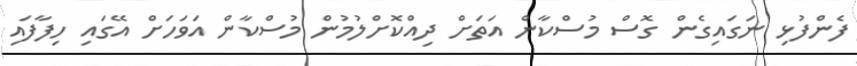
ފެންފުޅި ނަގައިގެން ގޮސް މުސްކާން އަތަށް ދިއްކޮށްލުމުން މުސްކާން އަވަހަށް އޭގައި ހިފާފައި